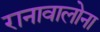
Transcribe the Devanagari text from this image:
रानावालोना